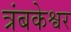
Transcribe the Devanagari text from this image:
त्रंबकेश्वर